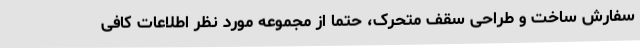
سفارش ساخت و طراحی سقف متحرک، حتما از مجموعه مورد نظر اطلاعات کافی